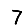
Digit: 7